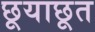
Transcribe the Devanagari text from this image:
छूयाछूत